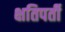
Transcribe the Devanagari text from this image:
क्षतिपर्ती